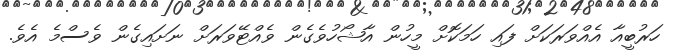
ހަރުބީއާ އެއްވަރަކަށް ފައި ހަމަކޮށް މީހުން އާޝޯހުވެގެން ވެއްޓޭވަރަށް ނަށައިގެން ވެސްމެ އެވެ.